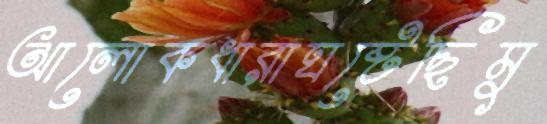
আলোকধারাঘষ্‌টেছিমু